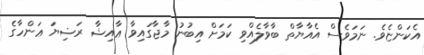
އެކަންޏެވެ. ނަމަވެސް އެއާޔާތް ބާވާލެއްވި ކަމަށް އިބުނު މާޖާގައިވާ ޢާއިޝާ ރަޟިޔަ ޢަންހާގެ